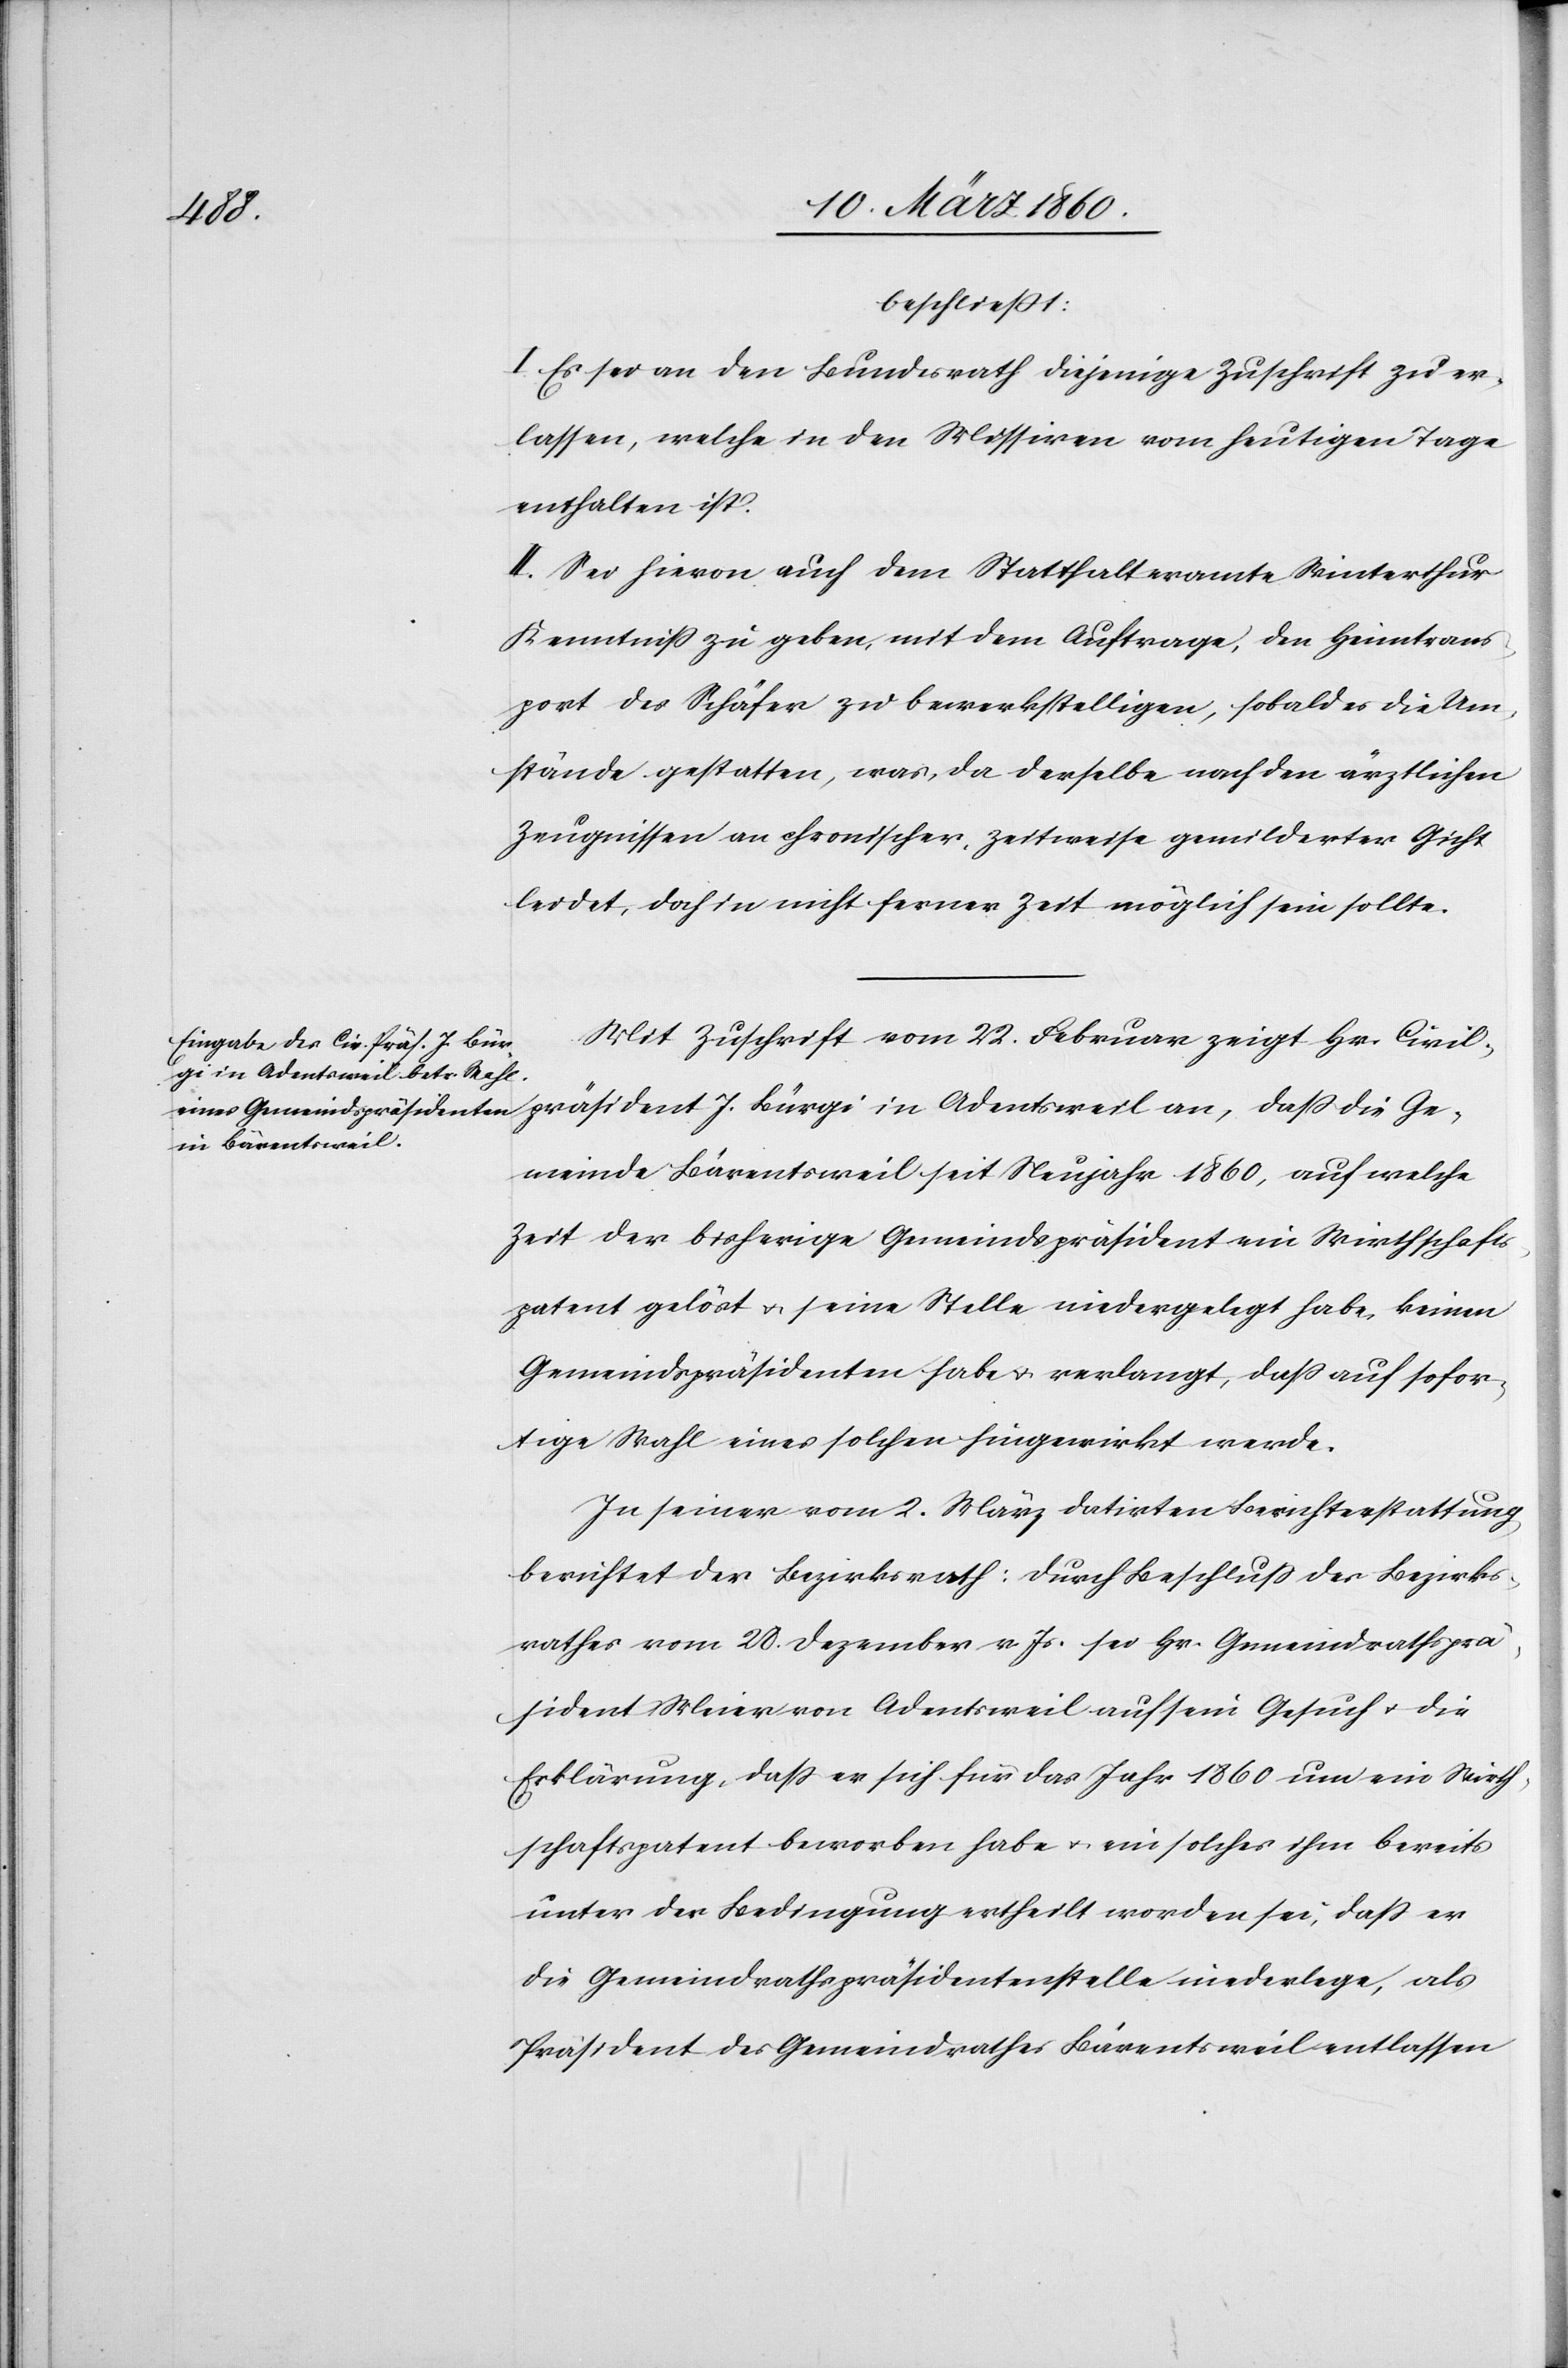
beschliesst:
I. Es sei an den Bundesrath diejenige Zuschrift zu er¬
lassen, welche in den Missiven vom heutigen Tage
enthalten ist.
II. Sei hievon auch dem Statthalteramte Winterthur
Kenntniß zu geben, mit dem Auftrage, den Heimtrans¬
port des Schäfer zu bewerkstelligen, sobald es die Um¬
stände gestatten, was, da derselbe nach den ärztlichen
Zeugnissen an chronischer, zeitweise gemilderter Gicht
leidet, doch in nicht ferner Zeit möglich sein sollte.
Mit Zuschrift vom 22. Februar zeigt Hr. Civil¬
präsident J. Bürgi in Adentsweil an, dass die Ge¬
meinde Bärentsweil seit Neujahr 1860, auf welche
Zeit der bisherige Gemeindspräsident ein Wirthschafts¬
patent gelöst u. seine Stelle niedergelegt habe, keinen
Gemeindspräsidenten habe u. verlangt, dass auf sofor¬
tige Wahl eines solchen hingewirkt werde.
In seiner vom 2. März datirten Berichterstattung
berichtet der Bezirksrath: durch Beschluss des Bezirks¬
rathes vom 20. Dezember v. Js. sei Hr. Gemeindrathsprä¬
sident Meier von Adenstweil auf sein Gesuch u. die
Erklärung, daß er sich für das Jahr 1860 um ein Wirth¬
schaftspatent beworben habe u. ein solches ihm bereits
unter der Bedingung ertheilt worden sei, daß er
die Gemeindrathspräsidentenstelle niederlege, als
Präsident des Gemeindrathes Bärentsweil entlassen